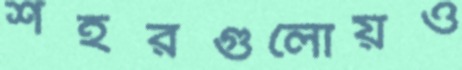
শহরগুলোয়ও